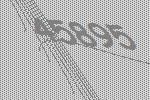
45895